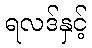
ရလဒ်နှင့်